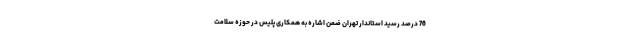
76 درصد رسید استاندار تهران ضمن اشاره به همکاری پلیس در حوزه سلامت